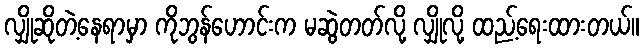
လျှိုဆိုတဲ့နေရာမှာ ကိုဘွန်ဟောင်းက မဆွဲတတ်လို့ လျှိုလို့ ထည့်ရေးထားတယ်။